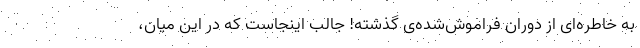
به خاطره‌ای از دوران فراموش‌شده‌ی گذشته! جالب اینجاست که در این میان،